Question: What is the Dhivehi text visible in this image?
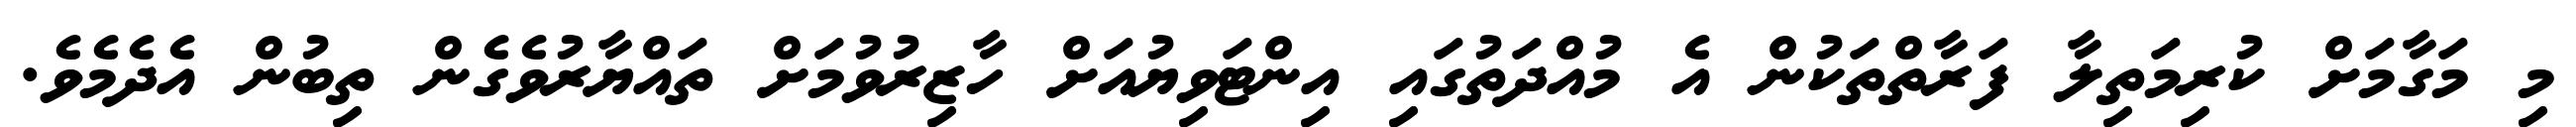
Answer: މި މަގާމަށް ކުރިމަތިލާ ފަރާތްތަކުން އެ މުއްދަތުގައި އިންޓަވިޔުއަށް ހާޒިރުވުމަށް ތައްޔާރުވެގެން ތިބުން އެދެމެވެ.